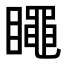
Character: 𥋝